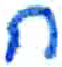
אות: ח